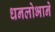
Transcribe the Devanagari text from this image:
धनलोभाने